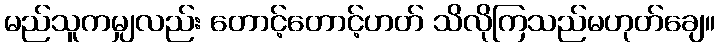
မည်သူကမျှလည်း တောင့်တောင့်ဟတ် သိလိုကြသည်မဟုတ်ချေ။